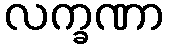
လက္ခဏာ